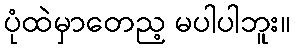
ပုံထဲမှာတေည့ မပါပါဘူး။